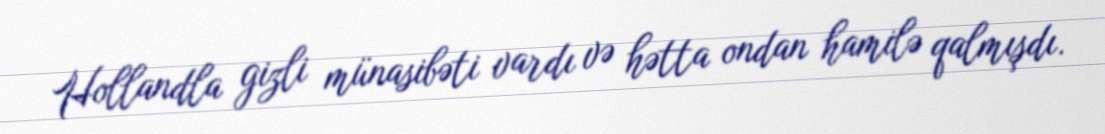
Hollandla gizli münasibəti vardı və hətta ondan hamilə qalmışdı.